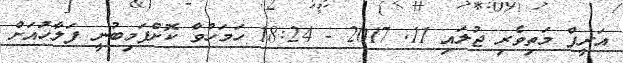
އަރީފް މަތިވެރި ޖުލައި 11